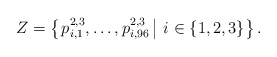
\begin{align*}Z = \left\{\left. p_{i,1}^{2,3}, \dots, p_{i,96}^{2,3} \, \right| \, i \in \{1,2,3\}\right\}. \end{align*}